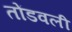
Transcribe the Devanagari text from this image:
तोंडवली